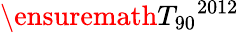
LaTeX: \ensuremath{T_{\mathrm{90}}}^{2012}